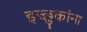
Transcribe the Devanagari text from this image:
इच्छुकांना